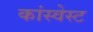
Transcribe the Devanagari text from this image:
कांस्वेस्ट